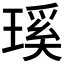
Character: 𤨊